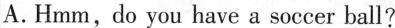
A.Hmm,do you have a soccer ball?